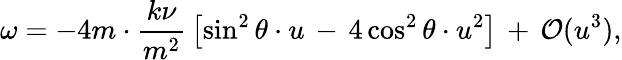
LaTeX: \omega=-4m\cdot\frac{k\nu}{m^{2}}\, \left[\sin^{2}\theta\cdot u\, -\, 4\cos^{2}\theta\cdot u^{2}\right]\, +\, {\cal O}(u^{3}),